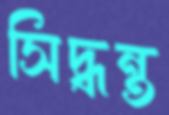
সিদ্ধন্ত